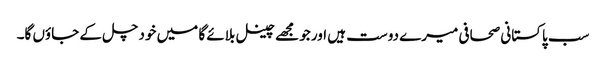
سب پاکستانی صحافی میرے دوست ہیں اور جو مجھے چینل بلائے گا میں خود چل کے جاؤں گا۔